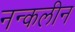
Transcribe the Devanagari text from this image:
नन्कलीन